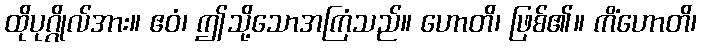
ထိုပုဂ္ဂိုလ်အား။ ဧဝံ၊ ဤသို့သောအကြံသည်။ ဟောတိ၊ ဖြစ်၏။ ကိံဟောတိ၊